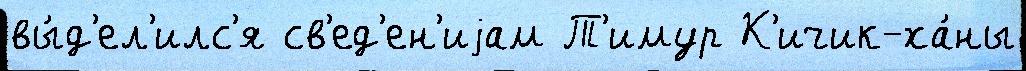
вы́д'ел'илс'я св'ед'ен'иjам Т'имур К'ичик-ха́ны